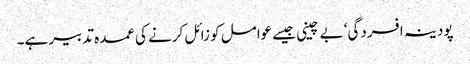
پودینہ افسردگی‘ بے چینی جیسے عوامل کو زائل کرنے کی عمدہ تدبیر ہے۔